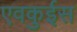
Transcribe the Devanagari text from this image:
एवकुईस